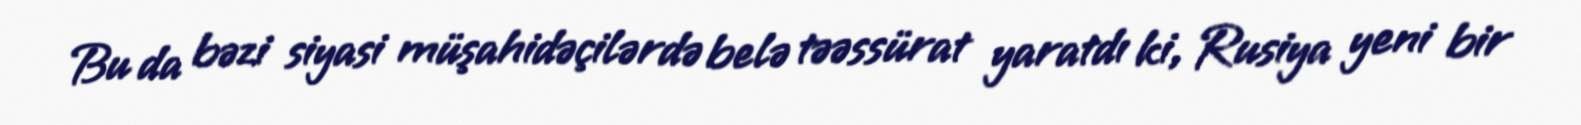
Bu da bəzi siyasi müşahidəçilərdə belə təəssürat yaratdı ki, Rusiya yeni bir